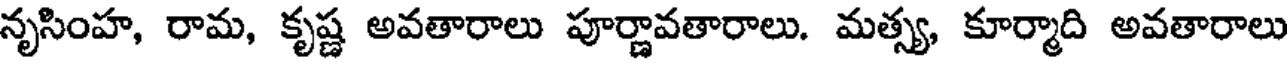
నృసింహ, రామ, కృష్ణ అవతారాలు పూర్ణావతారాలు. మత్స్య, కూర్మాది అవతారాలు